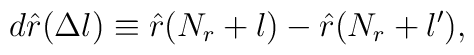
d\hat r(\Delta l)\equiv \hat r(N_r+l)-\hat r(N_r+l'),